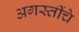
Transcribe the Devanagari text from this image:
अगस्तींचे